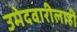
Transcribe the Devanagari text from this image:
उमेदवारीलाही